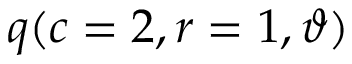
\displaystyle q ( c = 2 , r = 1 , \vartheta )